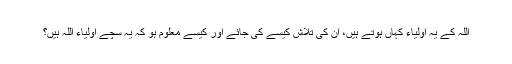
اللہ کے یہ اولیاء کہاں ہوتے ہیں، ان کی تلاش کیسے کی جائے اور کیسے معلوم ہو کہ یہ سچے اولیاء اللہ ہیں؟